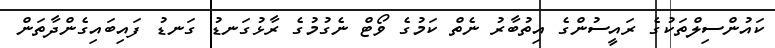
ކައުންސިލްތަކުގެ ރައީސުންގެ އިތުބާރު ނެތް ކަމުގެ ވޯޓް ނެގުމުގެ ރާޅުގަނޑު ގަނޑު ފައިބައިގެންދާތަން